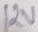
Text: 12V